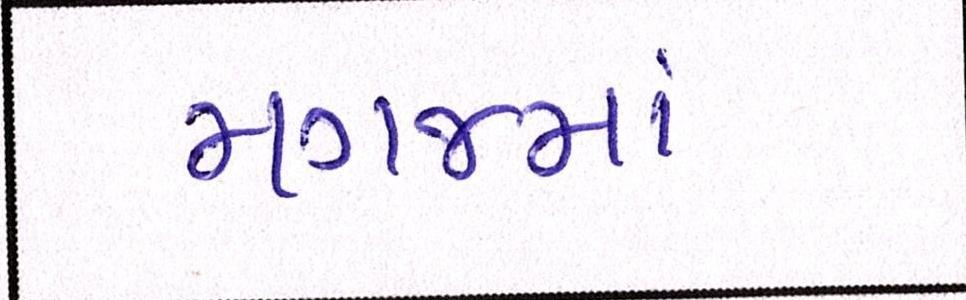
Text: મગજમાં